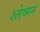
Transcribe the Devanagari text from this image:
श्‍लेष्‍मन